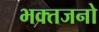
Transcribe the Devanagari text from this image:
भक्तजनो